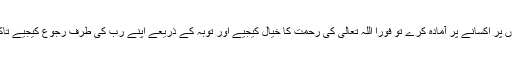
اگر شیطان آپ کے اس احساس ندامت کو مزید گناہوں پر اکسانے پر آمادہ کرے تو فوراً اللہ تعالی کی رحمت کا خیال کیجیے اور توبہ کے ذریعے اپنے رب کی طرف رجوع کیجیے تاکہ وہ آپ کو بڑے گناہوں کی طرف نہ لے جا سکے۔